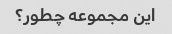
این مجموعه چطور؟